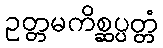
ဥတ္တမကိစ္ဆပ္ပတ္တံ